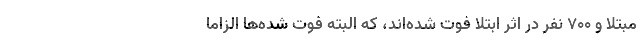
مبتلا و 700 نفر در اثر ابتلا فوت شده‌اند، که البته فوت شده‌ها الزاما